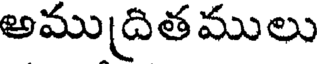
అముద్రిత ములు